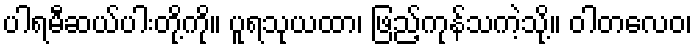
ပါရမီဆယ်ပါးတို့ကို။ ပူရသုယထာ၊ ဖြည့်ကုန်သကဲ့သို့။ ဝါတလေဝ၊